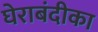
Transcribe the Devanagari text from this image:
घेराबंदीका